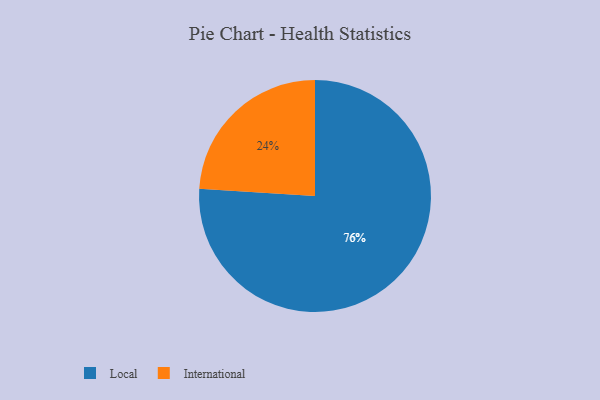
{"axis": {"x": "Category", "y": "Percentage"}, "legend": ["International", "Local"], "data": [{"x": "International", "y": 24, "type": "International"}, {"x": "Local", "y": 76, "type": "Local"}]}